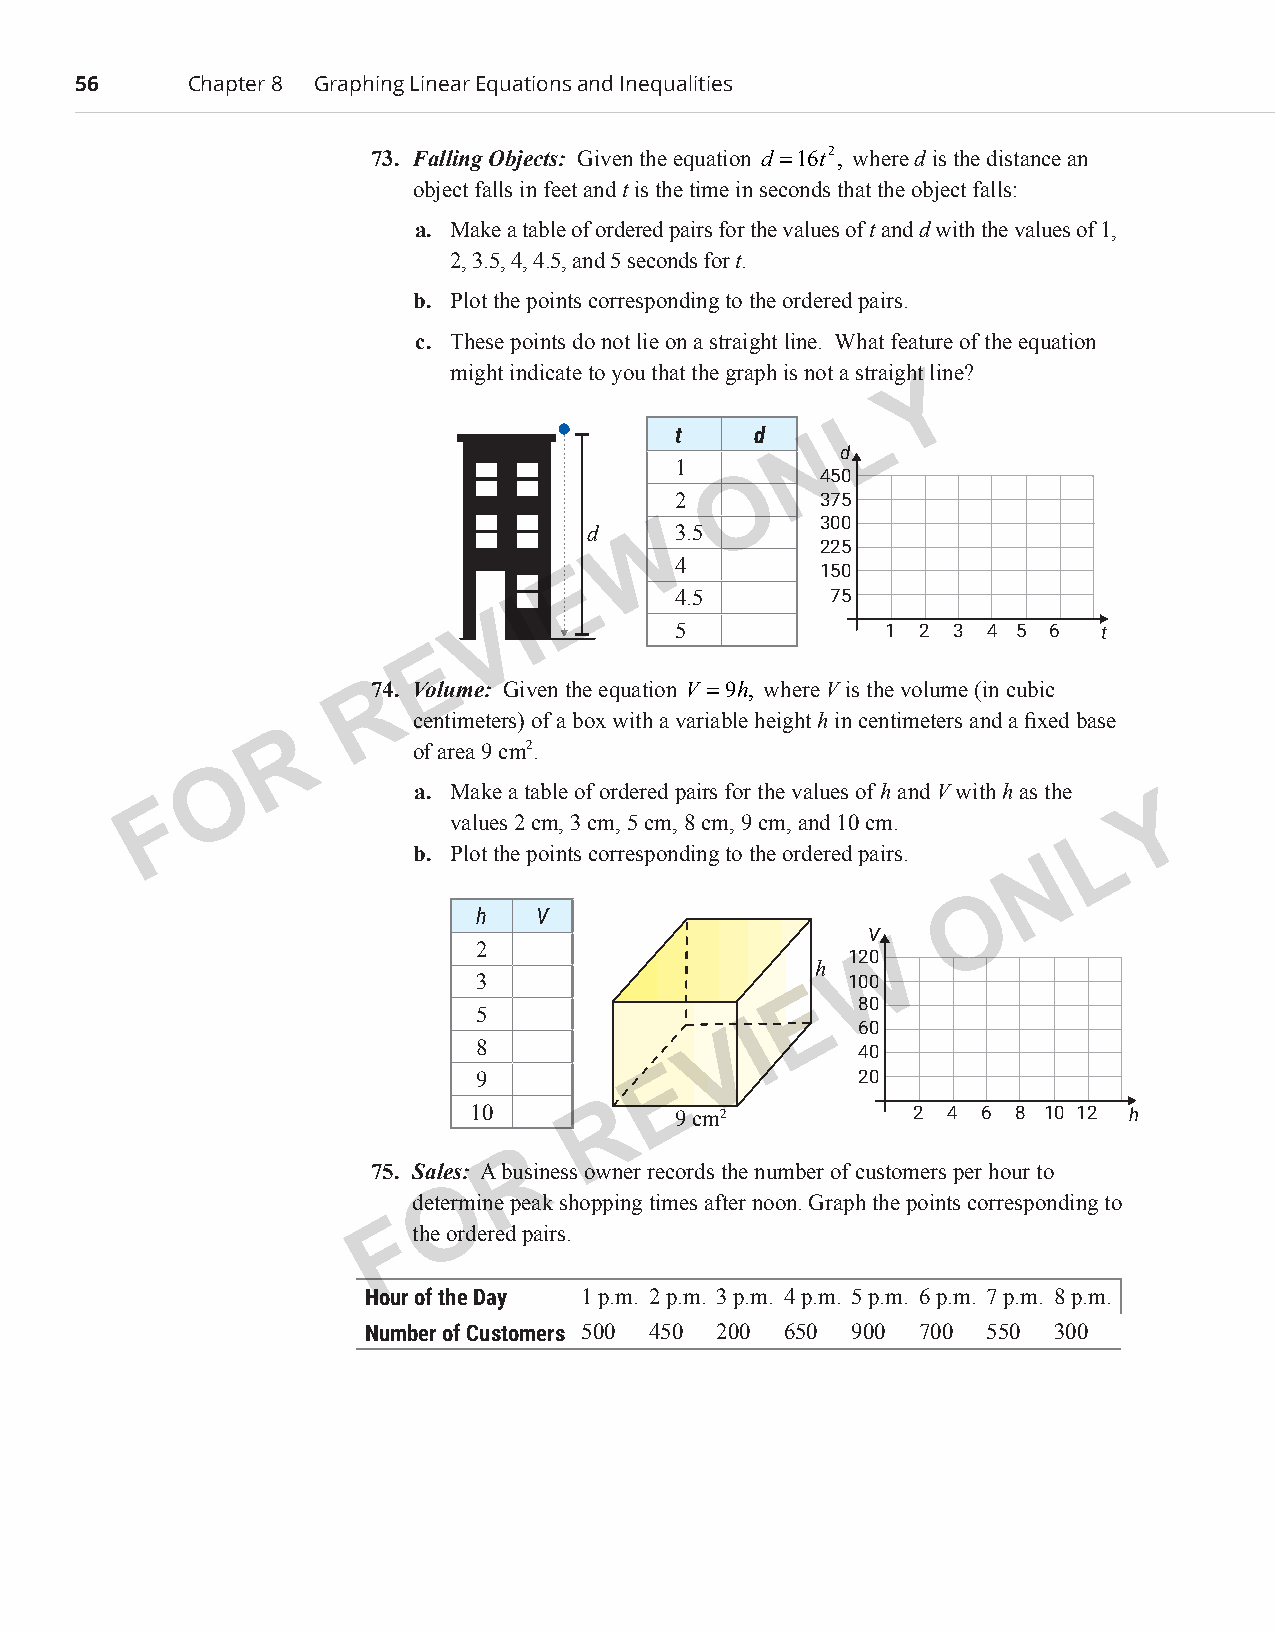
56      Chapter 8 Graphing Linear Equations and Inequalities
 73. Falling Objects: Given the equation d =16t2, where d is the distance an
 object falls in feet and t is the time in seconds that the object falls:
 a. Make a table of ordered pairs for the values of t and d with the values of 1,
 2, 3.5, 4, 4.5, and 5 seconds for t.
 b. Plot the points corresponding to the ordered pairs.
 c. These points do not lie on a straight line. What feature of the equation
 might indicate to you that the graph is not a straight line ?
 Y
 L
 t    d
 N
 d
 1
 O    450
 2        375
 300
 d  W  3.5
 225
 E      4        150
 4.5       75
 I
 V
 5             1 2 3  4 5 6  t
 E
 R74. Volume: Given the equation V =9h, where V is the volume (in cubic
 centimeters) of a box with a variable height h in centimeters and a fixed base
 R
 of area 9 cm2.
 O
 a. Make a table of ordered pairs for the values of h and V with h as the
 F                                                                 Y
 values 2 cm, 3 cm, 5 cm, 8 cm, 9 cm, and 10 cm.
 L
 b. Plot the points corresponding to the ordered pairs.
 N
 O
 h   V
 V
 2                        W
 120
 h
 3                       100
 E
 80
 5
 I      60
 8               V        40
 9           E            20
 10       R    9 cm2           2 4 6 8 10 12 h
 R
 75. Sales: A business owner records the number of customers per hour to
 O
 determine peak shopping times after noon. Graph the points corresponding to
 F the ordered pairs.
 Hour of the Day 1 p.m. 2 p.m. 3 p.m. 4 p.m. 5 p.m. 6 p.m. 7 p.m. 8 p.m.
 Number of Customers 500 450 200 650 900 700 550 300
 PCM_Marketing_Booklet.indb 56                                            10/11/2017 10:01:20 AM